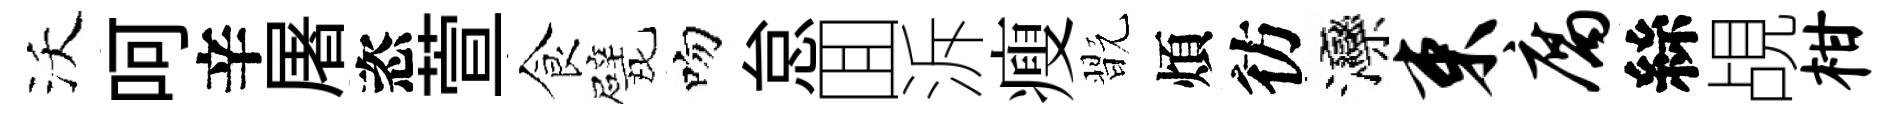
沃呵辛屠恣萱食戏吻怠囬泝瘦翫煩彷灤束腐絲覘柑